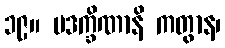
၁၉။ ပဒက္ခိဏာနိ ကတွာန၊